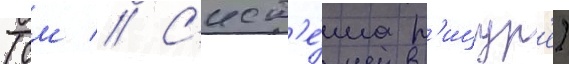
(см // С'ист'е́ма р'ицур'е)